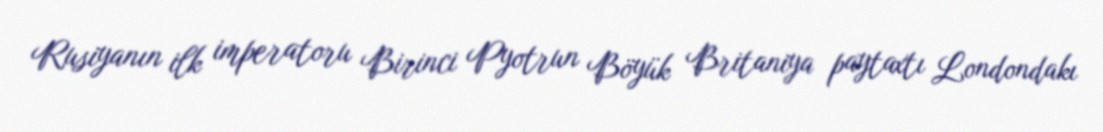
Rusiyanın ilk imperatoru Birinci Pyotrun Böyük Britaniya paytaxtı Londondakı